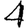
Digit: 4